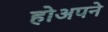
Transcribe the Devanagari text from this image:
होअपने